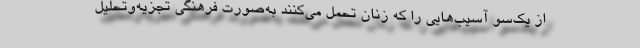
از یک‌سو آسیب‌هایی را که زنان تحمل می‌کنند به‌صورت فرهنگی تجزیه‌وتحلیل